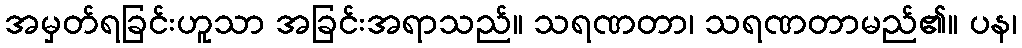
အမှတ်ရခြင်းဟူသာ အခြင်းအရာသည်။ သရဏတာ၊ သရဏတာမည်၏။ ပန၊